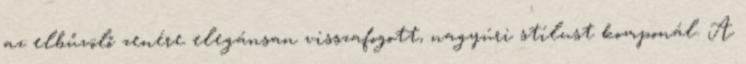
az elbűvölő zenére elegánsan visszafogott, nagyúri stílust komponál. A